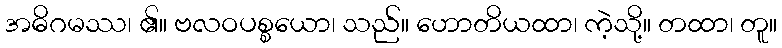
အဓိဂမဿ၊ ၏။ ဗလဝပစ္စယော၊ သည်။ ဟောတိယထာ၊ ကဲ့သို့။ တထာ၊ တူ။